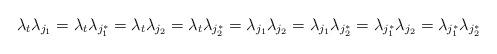
LaTeX: \begin{align*}\lambda_t\lambda_{j_1} = \lambda_t\lambda_{j_1^*}= \lambda_t\lambda_{j_2} = \lambda_t\lambda_{j_2^*} =\lambda_{j_1}\lambda_{j_2} =\lambda_{j_1}\lambda_{j_2^*} = \lambda_{j_1^*}\lambda_{j_2} =\lambda_{j_1^*}\lambda_{j_2^*} \end{align*}